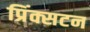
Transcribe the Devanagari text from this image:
प्रिंक्सटन